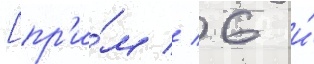
[пр'и́м // 6 и́